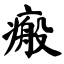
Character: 瘢